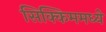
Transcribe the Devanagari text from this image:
सिक्किममध्ये